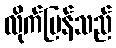
လိုက်ပြန်သည်